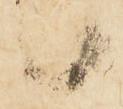
日